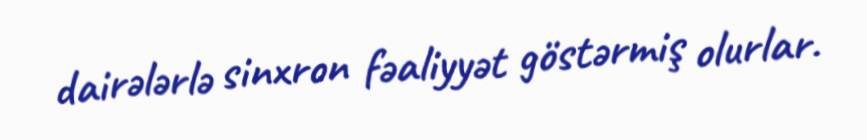
dairələrlə sinxron fəaliyyət göstərmiş olurlar.